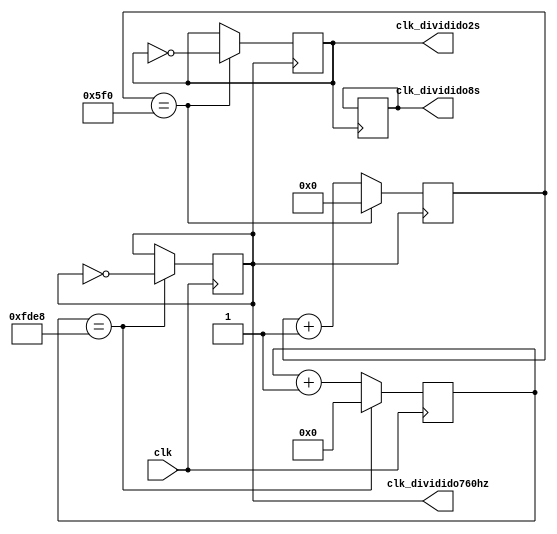
module DivisorFrequencia (
  input clk,
  output reg clk_dividido760hz,
  output reg clk_dividido8s,
  output reg clk_dividido2s
);

	reg [15:0] contador760hz = 0;
	reg [1:0] contador8s = 0;
	reg [10:0] contador2s = 0;

	always @(posedge clk) begin
	  
	  if (contador760hz == 65000) begin
		 contador760hz <= 0;
		 clk_dividido760hz <= ~clk_dividido760hz;
	  end else begin
		 contador760hz <= contador760hz + 1;
	  end
	end
	
	always @(posedge clk_dividido760hz) begin
		if (contador2s == 1520) begin
		 contador2s <= 0;
		 clk_dividido2s<= ~clk_dividido2s;
	  end else begin
		 contador2s <= contador2s + 1;
	  end
	end
	
	always @(posedge clk_dividido2s) begin
		if (contador8s == 1520) begin
		 contador8s <= 0;
		 clk_dividido8s<= ~clk_dividido8s;
	  end else begin
		 contador8s <= contador8s + 1;
	  end
	end

endmodule